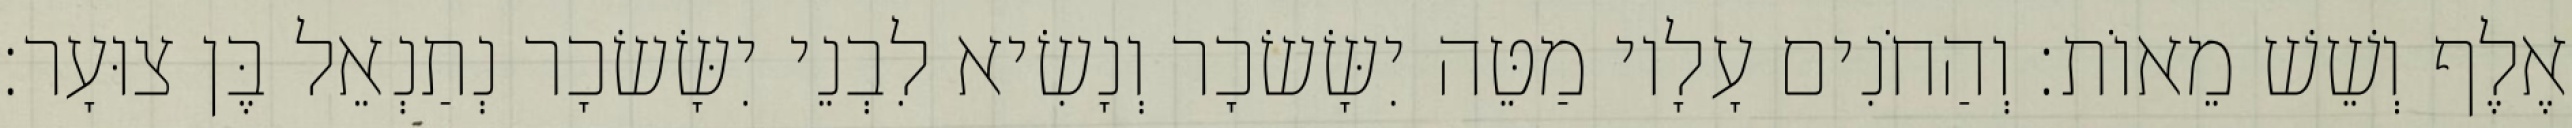
אֶלֶף וְשֵׁשׁ מֵאוֹת׃ וְהַחֹנִים עָלָיו מַטֵּה יִשָּׂשׂכָר וְנָשִׂיא לִבְנֵי יִשָּׂשׂכָר נְתַנְאֵל בֶּן צוּעָר׃